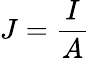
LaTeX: J={\frac{I}{A}}